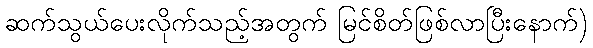
ဆက်သွယ်ပေးလိုက်သည့်အတွက် မြင်စိတ်ဖြစ်လာပြီးနောက်)